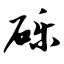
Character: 砾